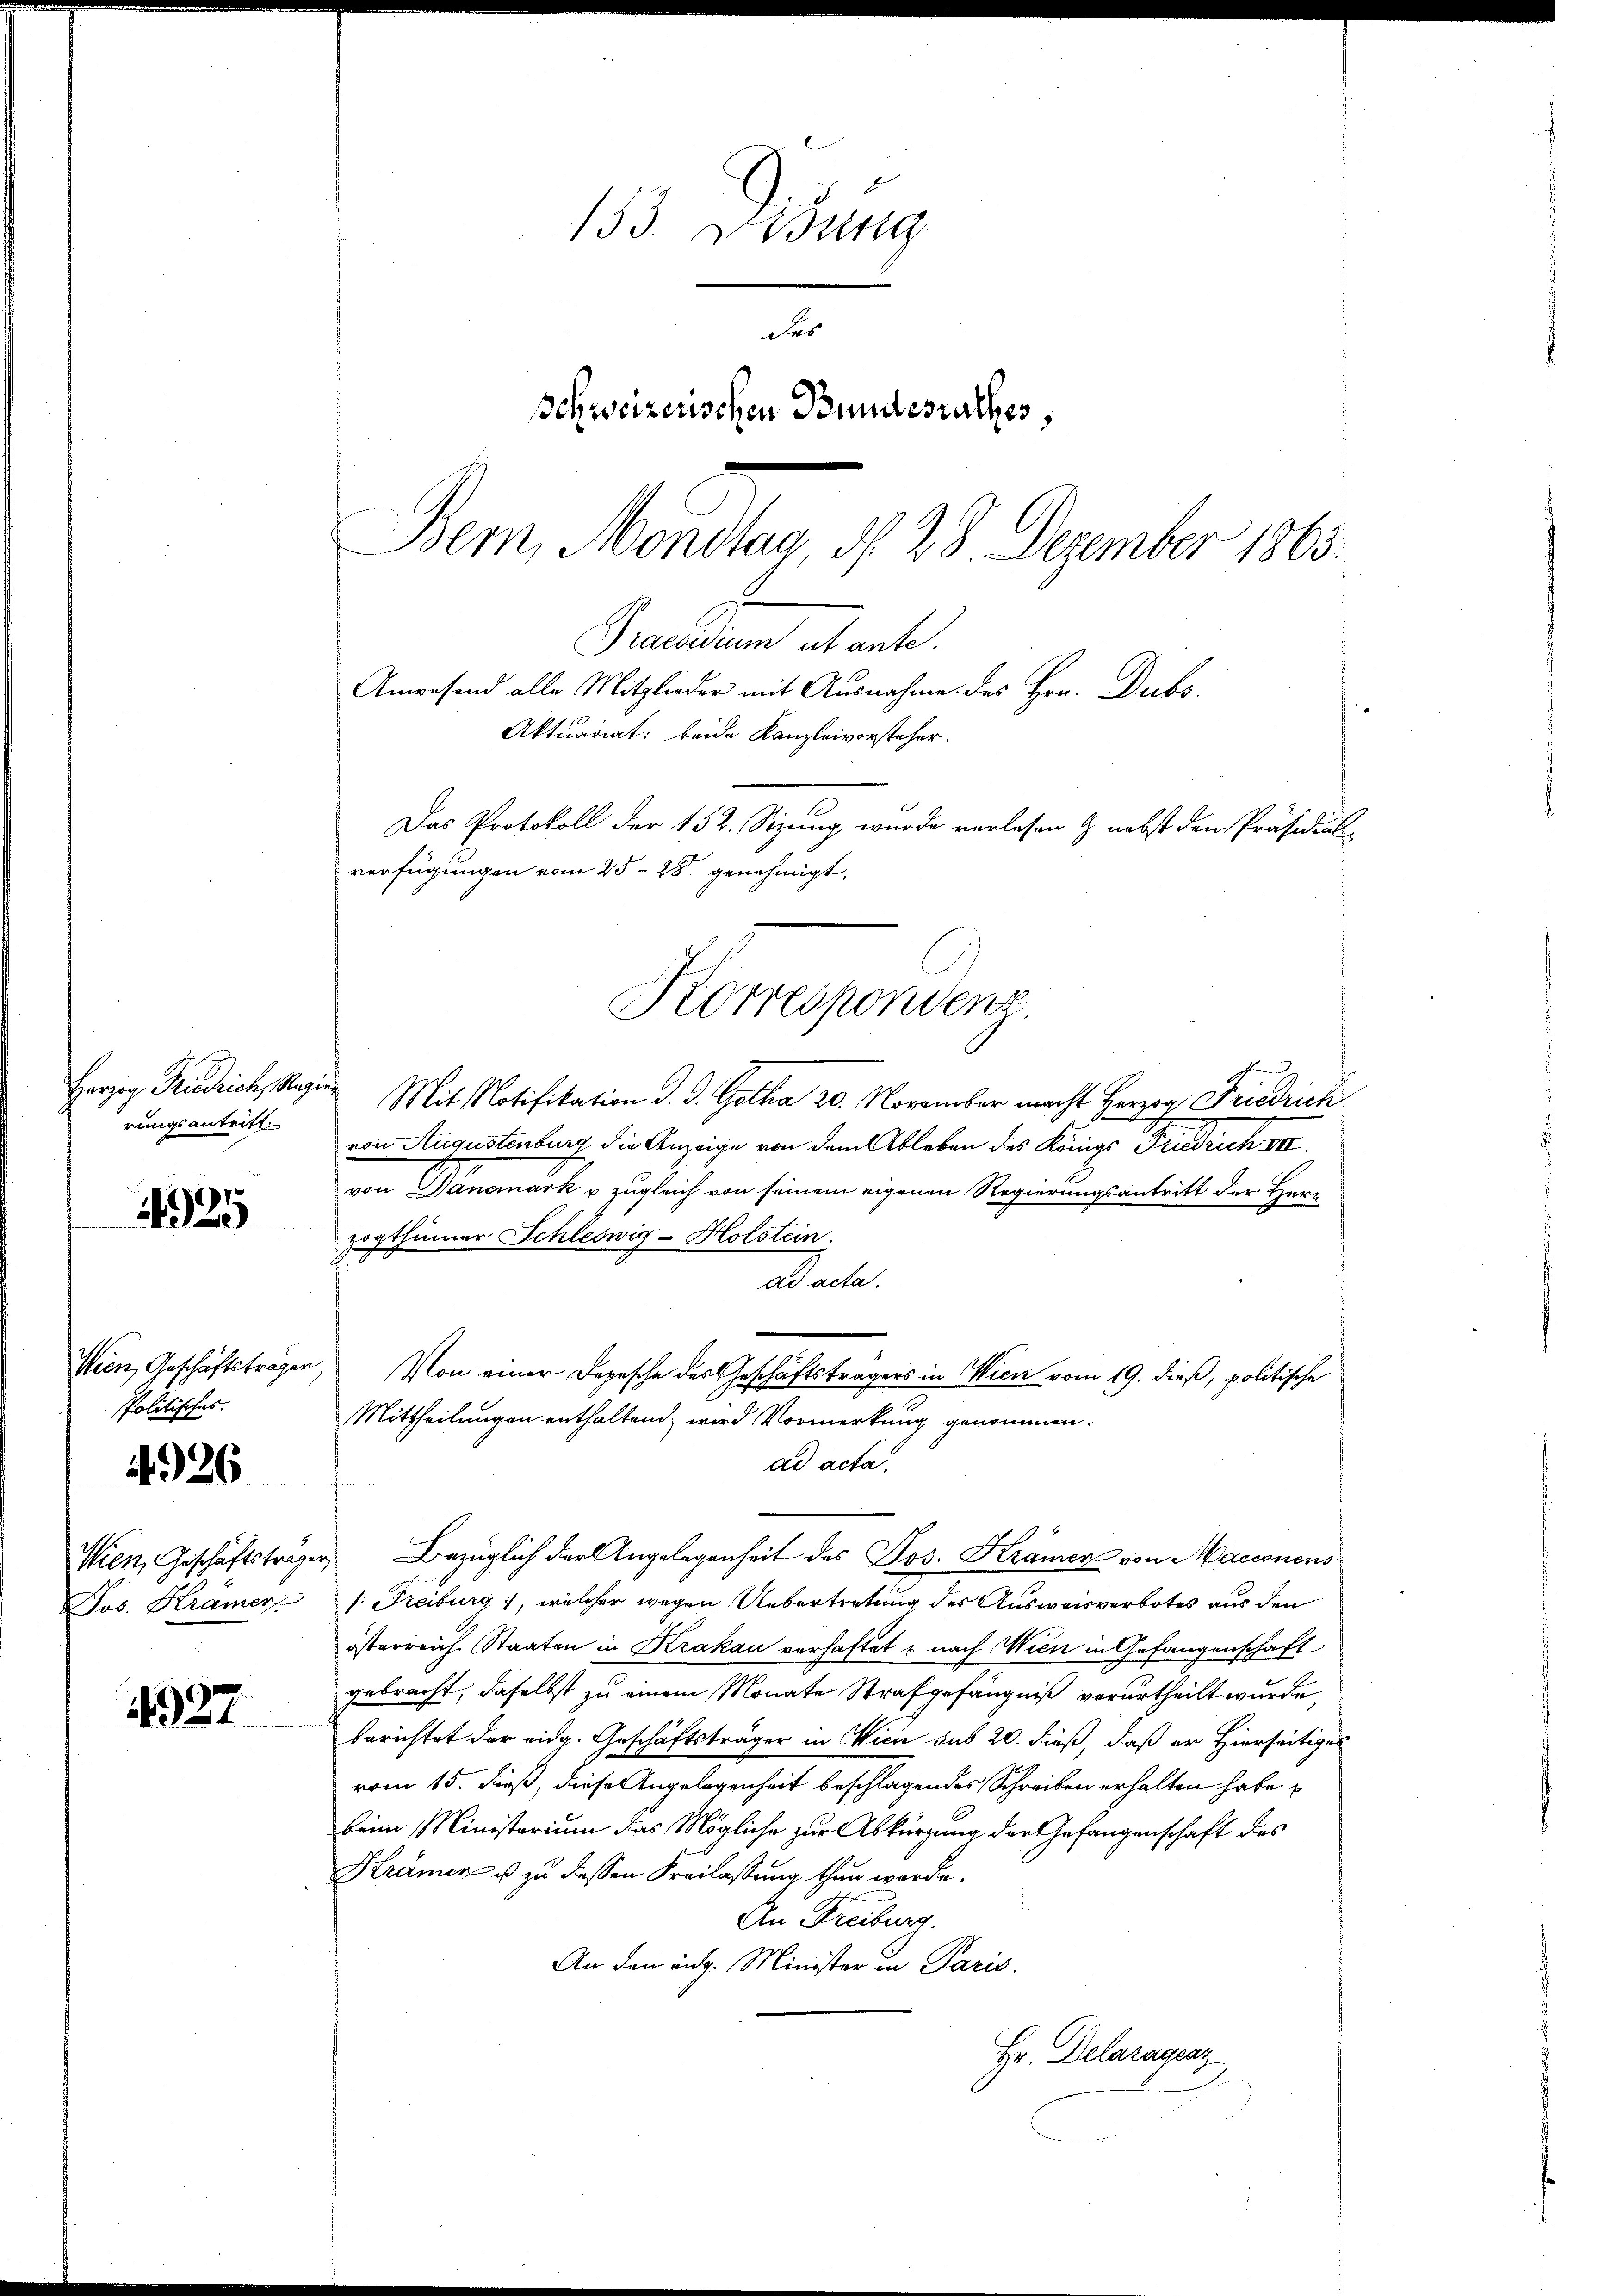
rungsantritt.

4925

Politisches.

926

Jos. Krämer

4927

153. Disung
des
Schweizerischen Bundesrathes
Bem, Mondtag, d. 28. Dezember 1863.

Praesidium utante.
Anwesend alle Mitglieder mit Ausnahme des Hrn. Dubs,
Aktuariat, beide Kanzleivorsteher.
Das Protokoll der 152. Sizung wurde verlesen & nebst den Präsidial-
verfügungen vom 25. 28. genehmigt.
Korrespondenz.

Harzig Friedrich, Ragen Mit Notifikation d. d. Gotha 20. November macht Herzog Friedrich
von Augustenburg die Anzeige von dem Ableben des Königl. Friedrich III.
von Danemark u zugleich von seinem eigenen Regierungsantritt der Herr
zogthümer Schleswig-Holstein.
ad acta.
Wien, Geschäftsträger, Von einer Depesche des Geschäftsträgers in Wien vom 19. dieß, politische
Mittheilungen enthaltend, wird Vormerkung genommen.
ad acta
Wien, Geschäftsträger Bezüglich der Angelegenheit des Jos. Krämer von Macionens
s. Freiburg, welcher wegen Uebertretung des Ausweisverbotes aus den
österreich Staaten in Krakau verhaftet & nach Wien in Gefangenschaft
gebracht, daselbst zu einem Monate Strafgefängniß verurtheilt wurde,
berichtet der eidg. Geschäftsträger in Wien sub 20. dieß, daß er hierseitiges
vom 15. dieß, diese Angelegenheit beschlagendes Schreiben erhalten habe
beim Ministerium das Mögliche zur Abkürzung der Gefangenschaft des
Krämer u. zu dessen Freilassung thun werde.
An Freiburg.
An den eidg. Minister in Paris.
Hr. Delaragenz